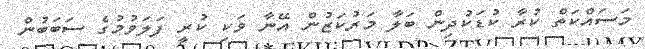
މަސައްކަތް ކުރާ ކުޑަކުދިން ބަލާ މަރުކަޒުން އޭނާ ވަކި ކުރީ ފަލަވުމުގެ ސަބަބުން